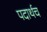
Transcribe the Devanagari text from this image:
पदार्थच